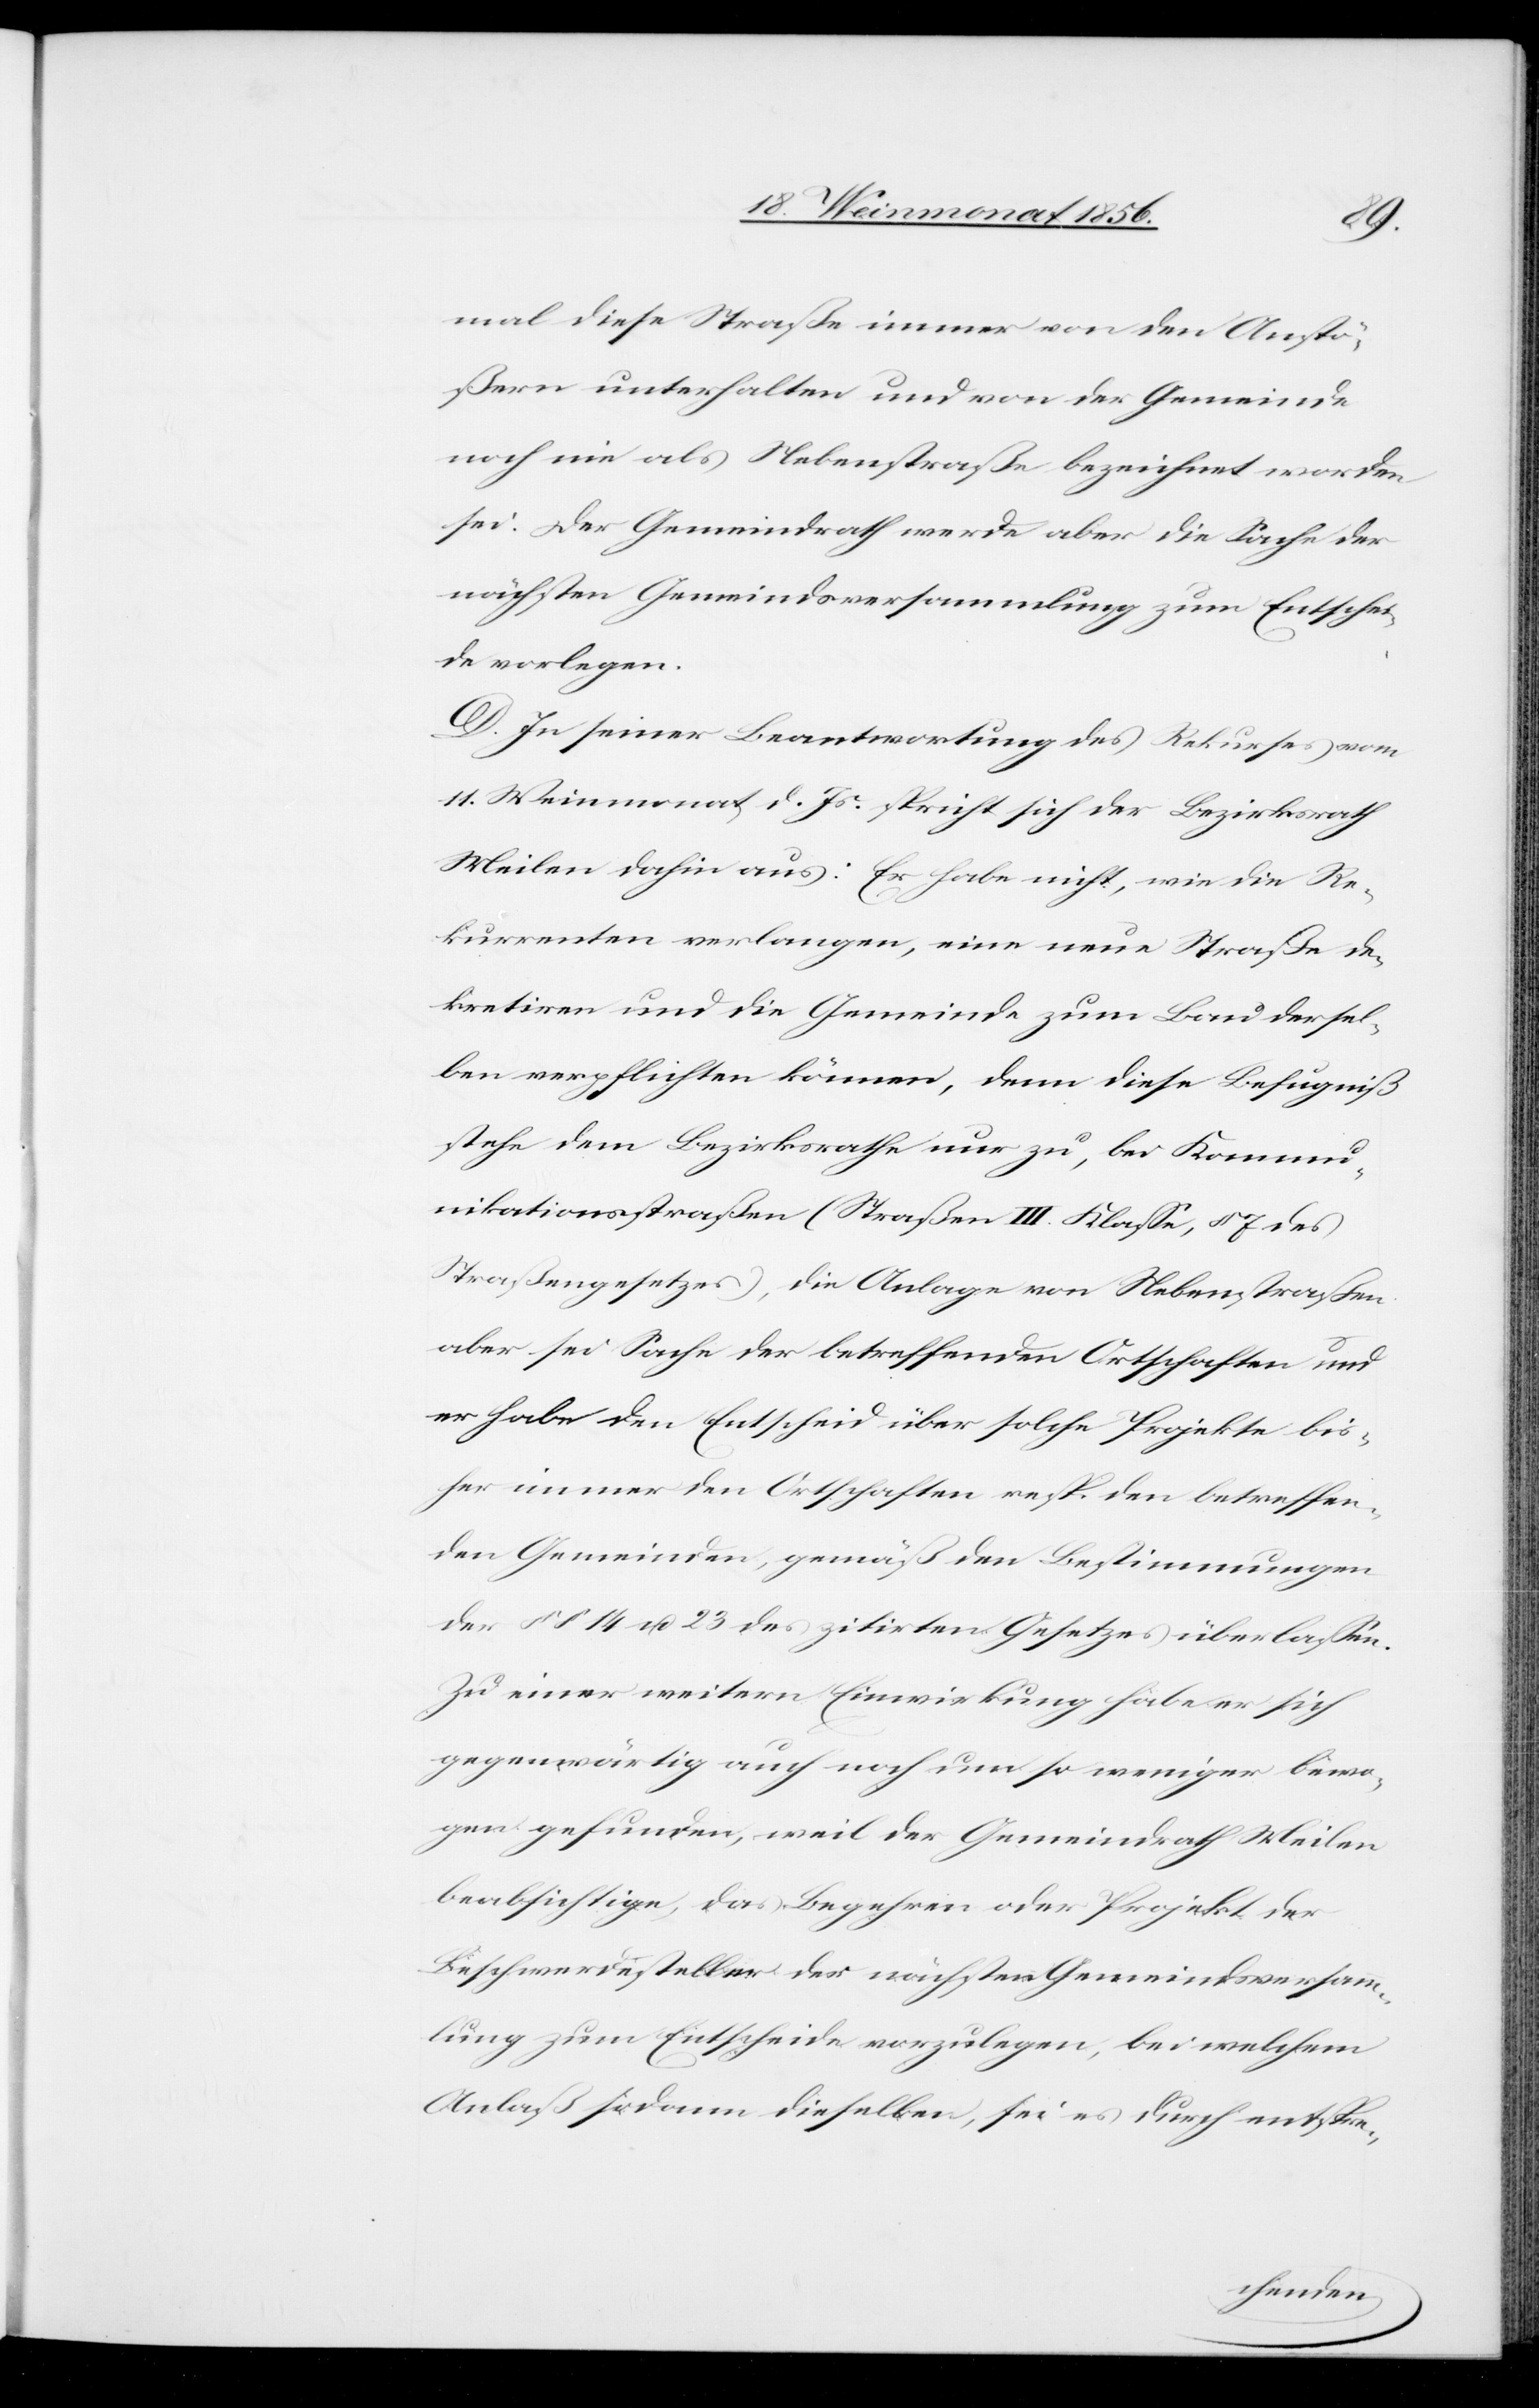
mal diese Straße immer von den Anstö¬
ßern unterhalten und von der Gemeinde
noch nie als Nebenstraße bezeichnet worden
sei. Der Gemeindrath werde aber die Sache der
nächsten Gemeindsversammlung zum Entschei¬
de vorlegen.
D. In seiner Beantwortung des Rekurses vom
11. Weinmonat d. Js. spricht sich der Bezirksrath
Meilen dahin aus: Er habe nicht, wie die Re¬
kurrenten verlangen, eine neue Straße de¬
kretiren und die Gemeinde zum Bau dersel¬
ben verpflichten können, denn diese Befugniß
stehe dem Bezirksrathe nur zu, bei Kommu¬
nikationsstraßen (Straßen III. Klasse, § 7 des
Straßengesetzes), die Anlage von Nebenstraßen
aber sei Sache der betreffenden Ortschaften und
er habe den Entscheid über solche Projekte bis¬
her immer den Ortschaften resp. den betreffen¬
den Gemeinden, gemäß den Bestimmungen
der §§ 14 u. 23 des zitirten Gesetzes überlassen.
Zu einer weitern Einwirkung habe er sich
gegenwärtig auch noch um so weniger bewo¬
gen gefunden, weil der Gemeindrath Meilen
beabsichtige, das Begehren oder Projekt der
Beschwerdesteller der nächsten Gemeindsversamm¬
lung zum Entscheide vorzulegen, bei welchem
Anlaß sodann dieselben, sei es durch entspre-